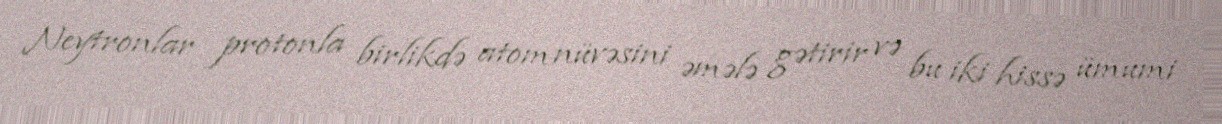
Neytronlar protonla birlikdə atom nüvəsini əmələ gətirir və bu iki hissə ümumi